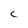
Character: C